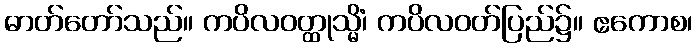
ဓာတ်တော်သည်။ ကပိလဝတ္ထုသ္မိံ၊ ကပိလဝတ်ပြည်၌။ ဧကောစ၊